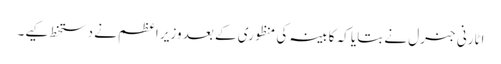
اٹارنی جنرل نے بتایا کہ کابینہ کی منظوری کے بعد وزیر اعظم نے دستخط کیے۔